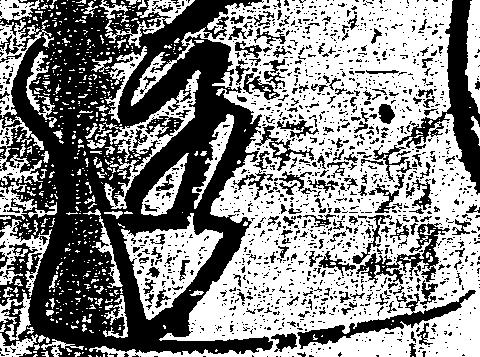
透